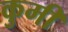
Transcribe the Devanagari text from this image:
कुमी